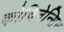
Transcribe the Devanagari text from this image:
कोचिनेन्सिस